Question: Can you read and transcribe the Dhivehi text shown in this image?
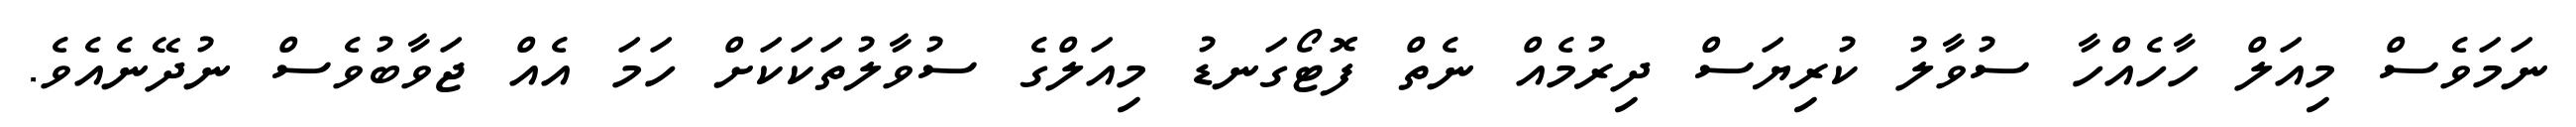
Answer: ނަމަވެސް މިއަލް ހާހެއްހާ ސުވާލު ކުރިޔަސް ދިރުމެއް ނެތް ފޮޓޯގަނޑު މިއަލްގެ ސުވާލުތަކަކަށް ހަމަ އެއް ޖަވާބުވެސް ނުދޭނެއެވެ.